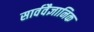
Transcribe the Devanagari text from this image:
सार्ववैज्ञानिक